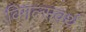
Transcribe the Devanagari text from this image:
विगल्सवर्थ